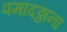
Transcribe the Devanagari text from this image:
पमादठ्ठाना